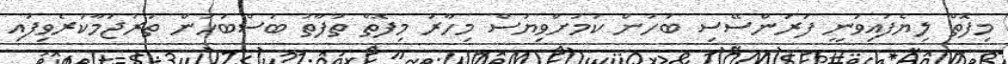
މިފޮތް ލިޔެފައިވަނީ ފަރަންސޭސި ބަހުން ކަމަށްވިޔަސް މިހާރު މިފޮތް ތަފާތު ބަސްބަހުން ތަރުޖަމާކުރެވިފައި